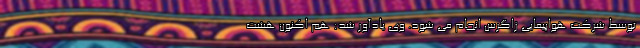
توسط شرکت هواپیمایی زاگرس انجام می شود. وی یادآور شد: هم اکنون هشت